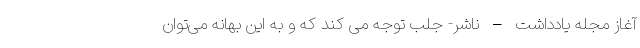
آغاز مجله یادداشت – ناشر- جلب توجه می کند که و به این بهانه می‌توان